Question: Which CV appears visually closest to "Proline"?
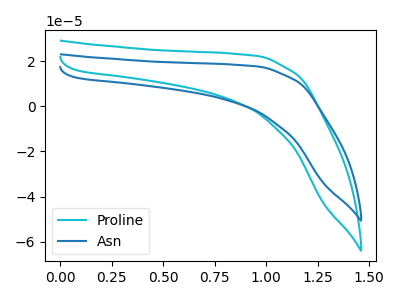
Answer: <think>The cyan curve "Proline" has no peaks. The blue curve "Asn" has no peaks.
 Neither "Proline" or "Asn" have any peaks.</think>
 <answer>The CV with the most similar shape to "Asn" is "Proline".</answer>
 <eval>"Proline"</eval>